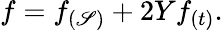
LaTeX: f=f_{(\mathscr{S})}+2Yf_{(t)}.